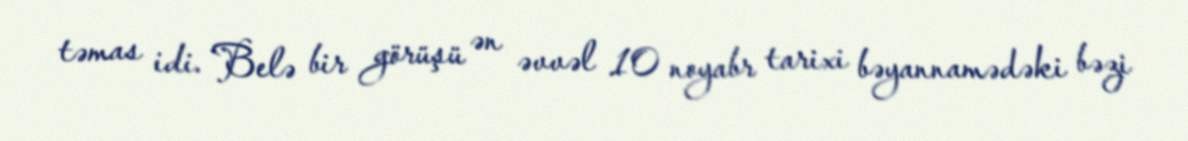
təmas idi. Belə bir görüşü ən əvvəl 10 noyabr tarixi bəyannamədəki bəzi